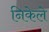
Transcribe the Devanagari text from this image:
निकेले